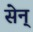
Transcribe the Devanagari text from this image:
सेन्‌